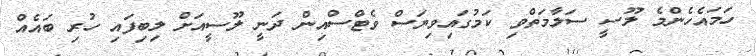
ހަމައެހެންމެ ލޫސީ ސަލާމަތްވި ކަމުގައިވިޔަސް ވެޓްސްއިން ދަނީ ލޫސީއަށް ލިބިފައި ހުރި ބައެއް